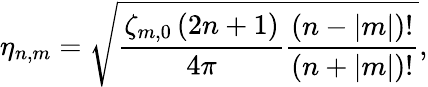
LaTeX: \eta_{n,m}=\sqrt{\frac{\zeta_{m,0}\left(2n+1\right)}{4\pi}\frac{(n-|m|)!}{(n+|m|)!}},